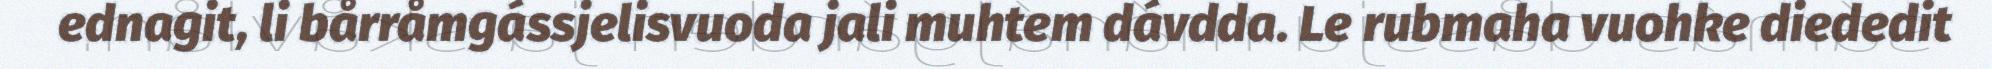
ednagit, li bårråmgássjelisvuoda jali muhtem dávdda. Le rubmaha vuohke diededit